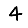
Digit: 4